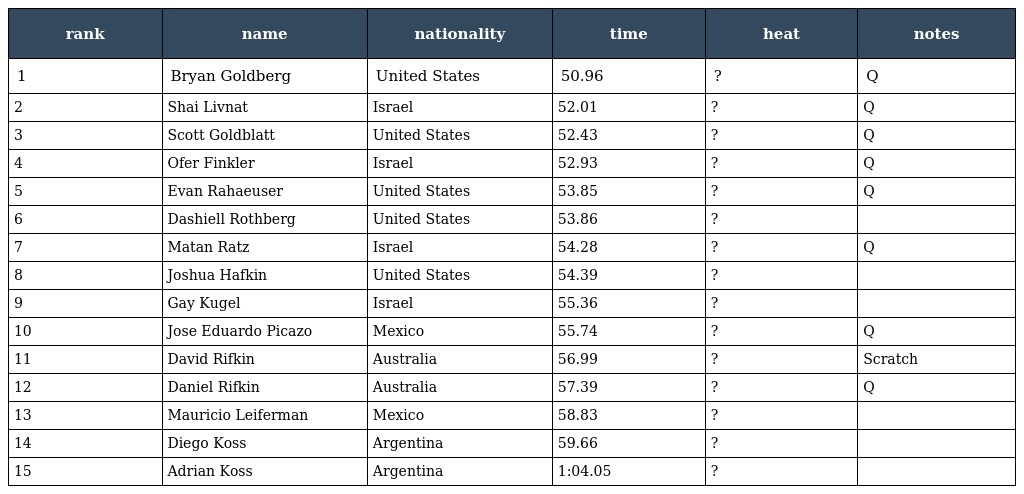
| rank | name | nationality | time | heat | notes |
 | --- | --- | --- | --- | --- | --- |
 | 1 | Bryan Goldberg | United States | 50.96 | ? | Q |
 | 2 | Shai Livnat | Israel | 52.01 | ? | Q |
 | 3 | Scott Goldblatt | United States | 52.43 | ? | Q |
 | 4 | Ofer Finkler | Israel | 52.93 | ? | Q |
 | 5 | Evan Rahaeuser | United States | 53.85 | ? | Q |
 | 6 | Dashiell Rothberg | United States | 53.86 | ? |  |
 | 7 | Matan Ratz | Israel | 54.28 | ? | Q |
 | 8 | Joshua Hafkin | United States | 54.39 | ? |  |
 | 9 | Gay Kugel | Israel | 55.36 | ? |  |
 | 10 | Jose Eduardo Picazo | Mexico | 55.74 | ? | Q |
 | 11 | David Rifkin | Australia | 56.99 | ? | Scratch |
 | 12 | Daniel Rifkin | Australia | 57.39 | ? | Q |
 | 13 | Mauricio Leiferman | Mexico | 58.83 | ? |  |
 | 14 | Diego Koss | Argentina | 59.66 | ? |  |
 | 15 | Adrian Koss | Argentina | 1:04.05 | ? |  |